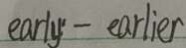
e a r y ^ { \prime } - e a l i e r